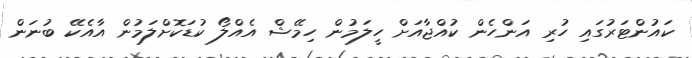
ކައުންޓަރުގައި ހުރި އަންހެން ކުއްޖާއަށް ހީލަމުން ހިމޭޝް އެއްލޯ ކުޑަކޮށްލަމުން އާއެކޭ ބުނަން